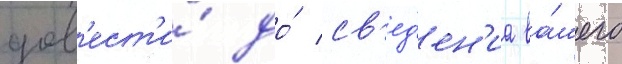
дов'ест'и́ до́ св'ед'ен'иа ва́шего